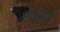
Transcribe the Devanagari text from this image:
क्षेप्यास्रों